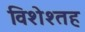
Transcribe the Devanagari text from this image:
विशेश्तह